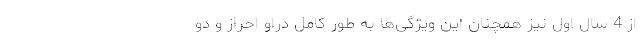
از 4 سال اول نیز همچنان این ویژگی‌ها به ‌طور کامل دراو احراز و دو